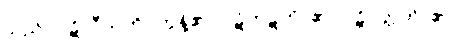
သည်။ ပဋိလီယတိ။ တွန့်၏။ ပဋိကုဋတိ၊ ၏။ ပဋိဝတ္တတိ၊ ၏။